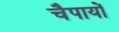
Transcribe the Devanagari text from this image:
चैपायों